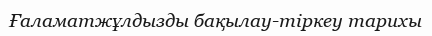
Ғаламатжұлдызды бақылау-тіркеу тарихы